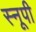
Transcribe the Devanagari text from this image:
स्नूपी